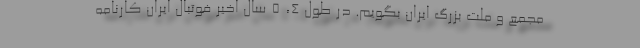
مجمع و ملت بزرگ ایران بگویم. در طول 4، 5 سال اخیر فوتبال ایران کارنامه